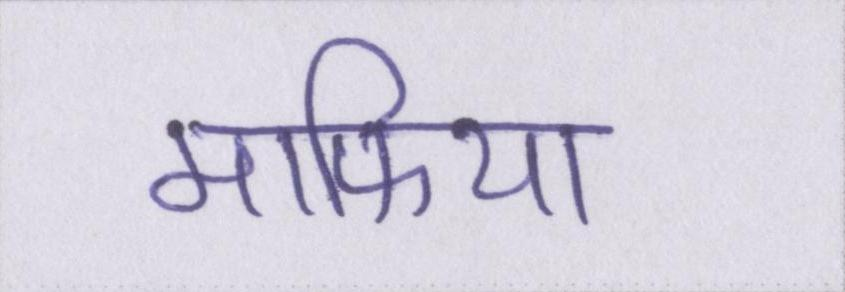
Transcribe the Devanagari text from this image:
माफिया